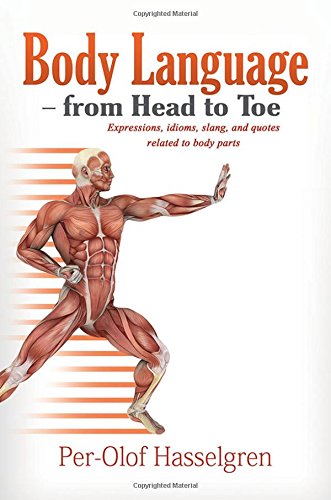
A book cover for Body Language - from Head to Toe: Expressions, idioms, slang, and quotes related to body part; Per-Olof Hasselgren; Politics & Social Sciences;